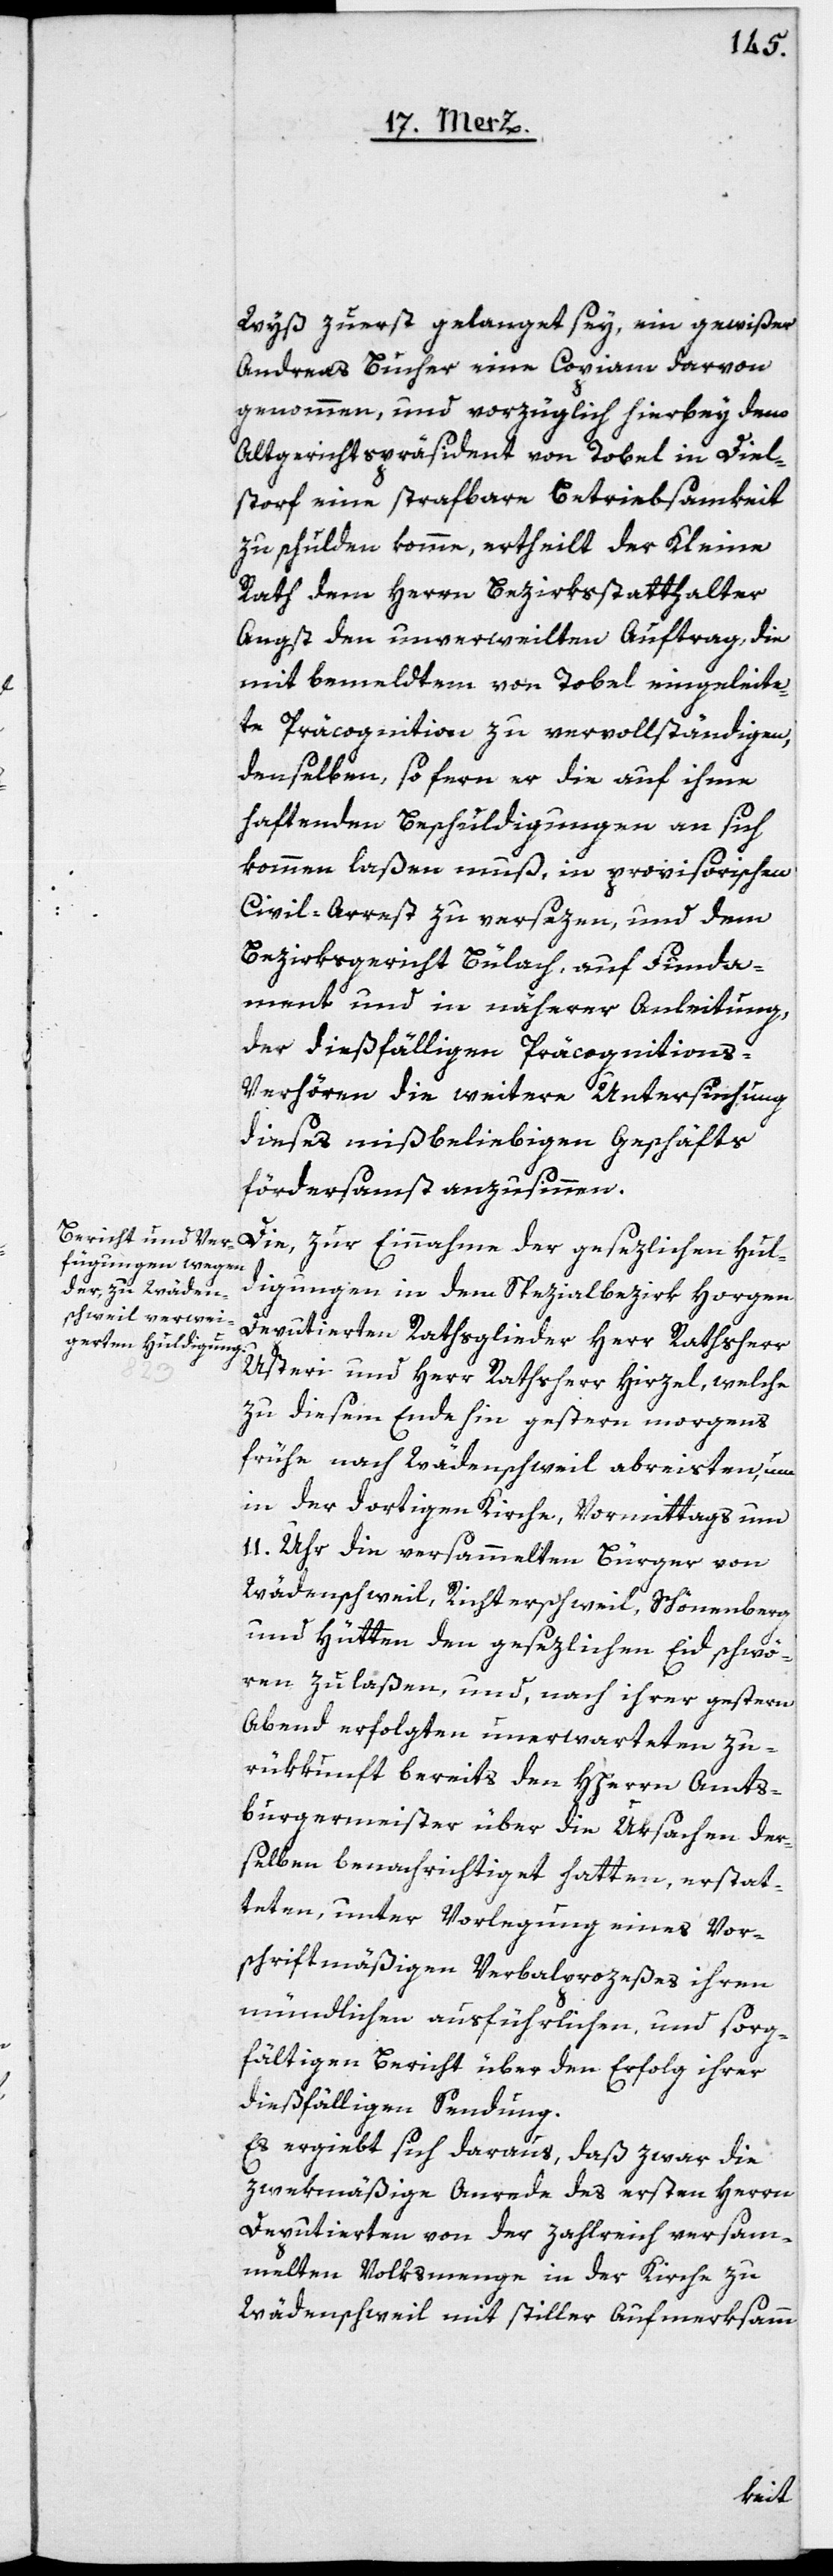
Wyß zuerst gelangt sey, ein gewißer
Andreas Bucher eine Copiam darvon
genommen, und vorzüglich hierbey dem
Altgerichtspräsident von Tobel in Diel¬
storf eine strafbare Betriebsamkeit
zu schulden komme, ertheilt der Kleine
Rath dem Herrn Bezirksstatthalter
Angst den unverweilten Auftrag, die
mit bemeldtem von Tobel eingeleite¬
te Präcognition zu vervollständigen,
denselben, so fern er die auf ihme
haftenden Beschuldigungen an sich
kommen laßen muß, in provisorischen
Civil-Arrest zu versezen, und dem
Bezirksgericht Bülach, auf Funda¬
ment und in näherer Anleitung,
der dießfälligen Präcognitions-V¬
erhören die weitere Untersuchung
dieses mißbeliebigen Geschäfts
fördersamst anzusinnen.
Die, zur Einnahme der gesezlichen Hul¬
digungen in dem Spezialbezirk Horgen
deputierten Rathsglieder, Herr Rathsherr
Usteri und Herr Rathsherr Hirzel, welche
zu diesem Ende hin gestern morgens
frühe nach Wädenschweil abreisten, um
in der dortigen Kirche, Vormittags um
11. Uhr die versammelten Bürger von
Wädenschweil, Richterschweil, Schönenberg
und Hütten den gesezlichen Eid schwö¬
ren zu laßen, und, nach ihrer gestern
Abend erfolgten unerwarteten Zu¬
rükkunft bereits den HHerrn Amts¬
burgermeister über die Ursachen der¬
selben benachrichtiget hatten, erstat¬
teten, unter Vorlegung eines Vor¬
schriftsmäßigen Verbalprozeßes ihren
mündlichen ausführlichen und sorg¬
fältigen Bericht über den Erfolg ihrer
dießfälligen Sendung.
Es ergiebt sich daraus, daß zwar die
zweckmäßige Anrede des ersten Herrn
Deputierten von der zahlreich versam¬
melten Volksmenge in der Kirche zu
Wädenschweil mit stiller Aufmerksam-